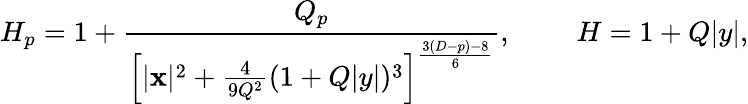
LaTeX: H_{p}=1+{\frac{Q_{p}}{\left[|{\mathbf x}|^{2}+{\frac{4}{9Q^{2}}}(1+Q|y|)^{3}\right]^{\frac{3(D-p)-8}{6}}}},\ \ \ \ \ \ \ \ \ H=1+Q|y|,